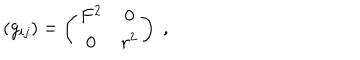
LaTeX: ( g _ { i j } ) = \left( \begin{array} { c c } { { F ^ { 2 } } } & { { 0 } } \\ { { 0 } } & { { r ^ { 2 } } } \\ \end{array} \right) \; ,